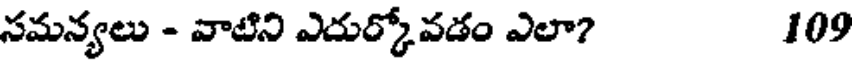
సమన్యలు - వాటిని ఎదుర్కోవడం ఎలా? 109